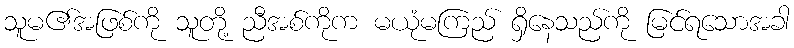
သူမ၏အဖြစ်ကို သူတို့ ညီအစ်ကိုက မယုံမကြည် ရှိနေသည်ကို မြင်ရသောအခါ